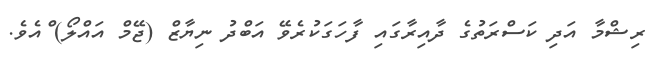
ރިޝްމާ އަދި ކަސްރަތުގެ ދާއިރާގައި ފާހަގަކުރެވޭ އަބްދު ނިޔާޒް (ޖޭމް އައްލޯ) ްްއެވެ.